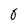
Character: 0